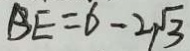
B E = 6 - 2 \sqrt { 3 }